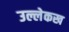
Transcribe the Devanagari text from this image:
उल्लेकख